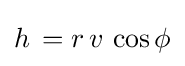
h\,=r\,v\,\cos \phi